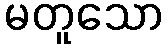
မတူသော